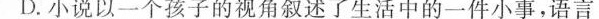
D.小说以一个孩子的视角叙述了生活中的一件小事，语言